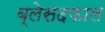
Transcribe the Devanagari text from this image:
ब्लेसदफाल